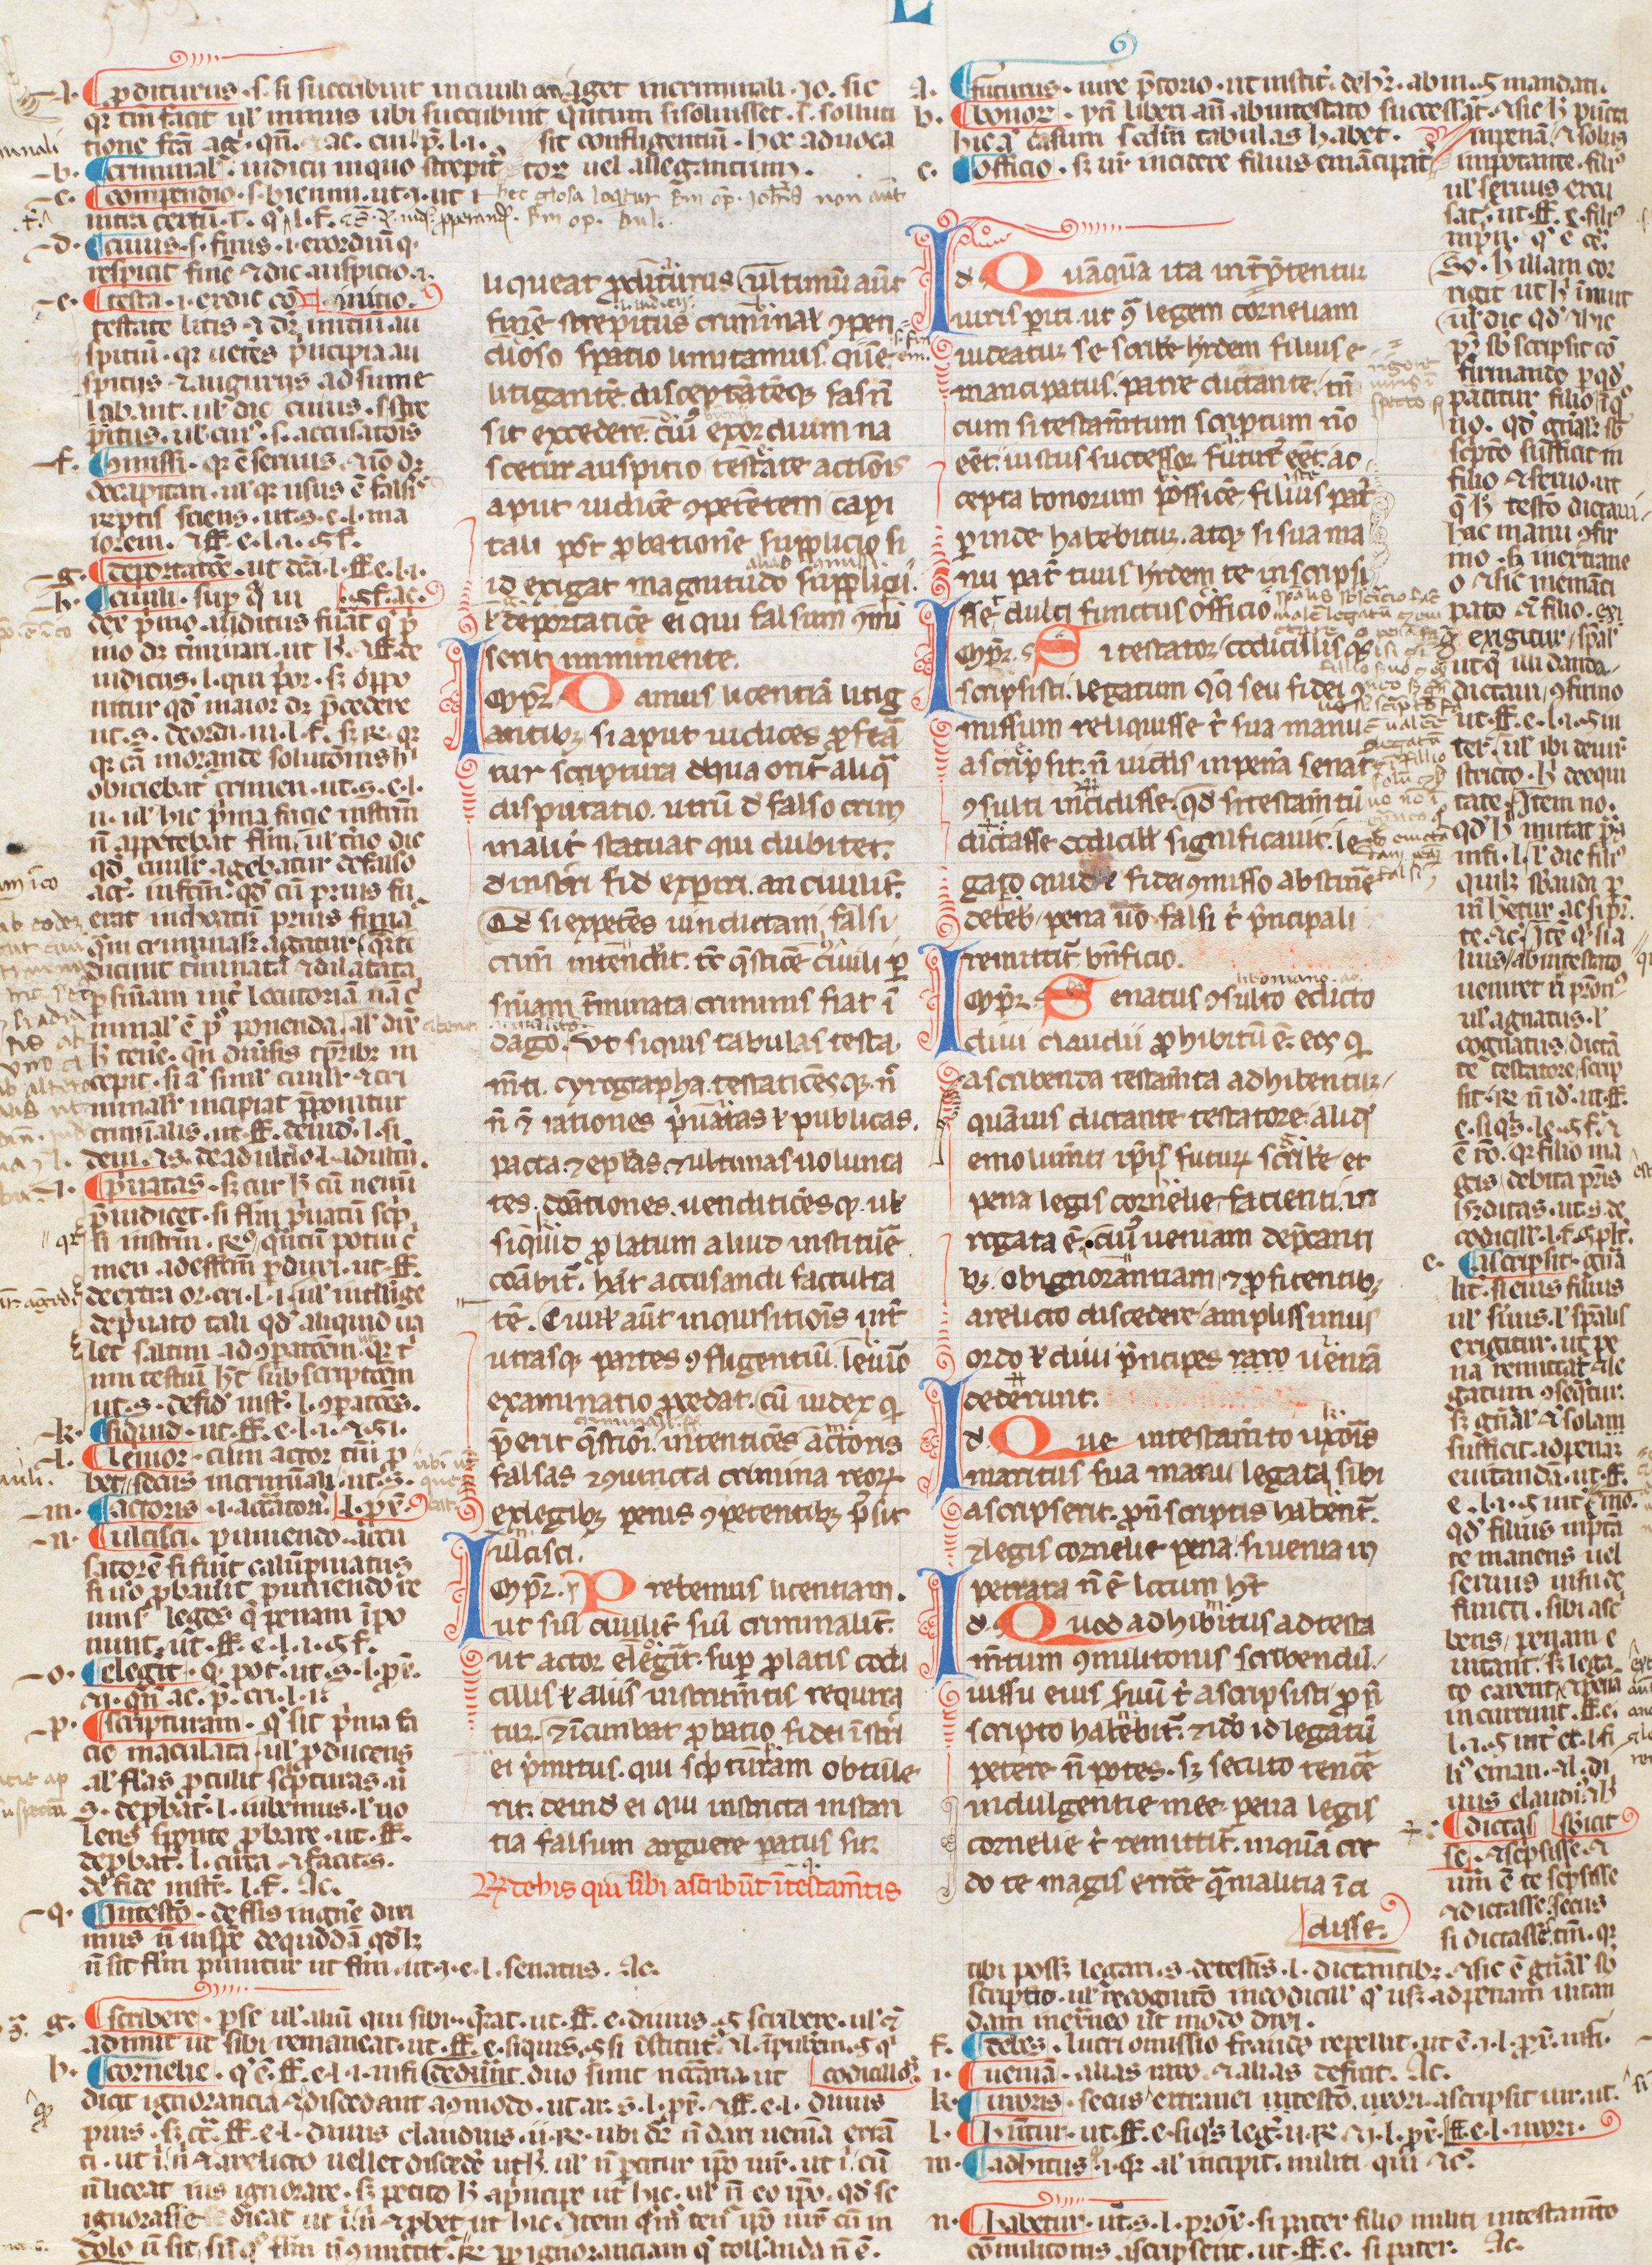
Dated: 1250–1399